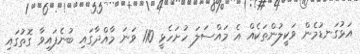
އަޅުގަނޑުމެން ވަކީލުންތަކެއް އެ މައްސަލަ ހުށަހެޅީ 110 ވަނަ މާއްދާގައި ބުނެފައިވާ ގޮތުގައި